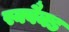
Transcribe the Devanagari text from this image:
स्क्वैक्ड